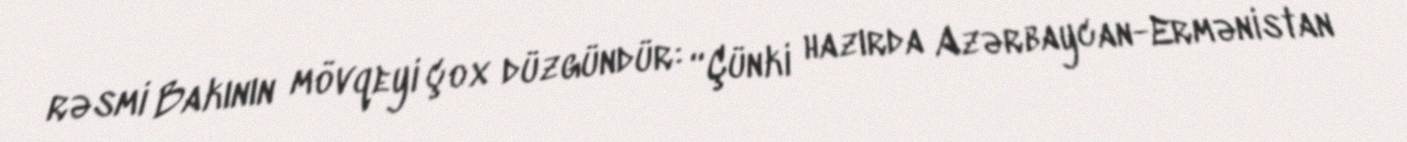
rəsmi Bakının mövqeyi çox düzgündür: “Çünki hazırda Azərbaycan-Ermənistan